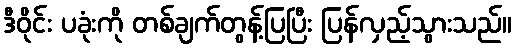
ဒီဝိုင်း ပခုံးကို တစ်ချက်တွန့်ပြပြီး ပြန်လှည့်သွားသည်။